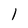
Character: l